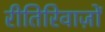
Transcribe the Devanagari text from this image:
रीतिरिवाज़ों